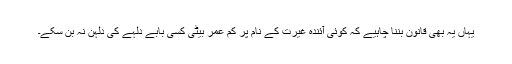
یہاں یہ بھی قانون بننا چاہیے کہ کوئی آئندہ غیرت کے نام پر کم عمر بیٹی کسی بابے دلہے کی دلہن نہ بن سکے۔